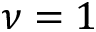
\nu = 1